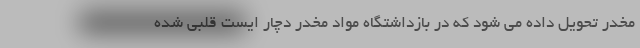
مخدر تحویل داده می شود که در بازداشتگاه مواد مخدر دچار ایست قلبی شده